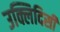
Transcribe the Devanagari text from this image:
उक्लिदिसी